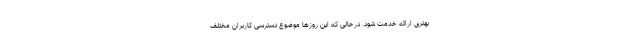
بهتری ارائه خدمت شود. درحالی که این روزها موضوع دسترسی کاربران مختلف